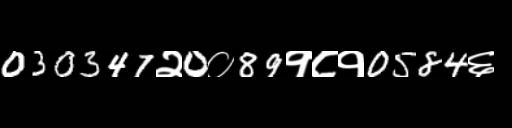
Text: 030347२0०89१८१0584६